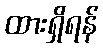
ထားရှိရန်